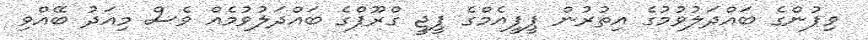
ވިޕުންގެ ބައްދަލުވުމުގެ އިތުރުން ޕީޕީއެމްގެ ޕީޖީ ގްރޫޕްގެ ބައްދަލުވުމެއް ވެސް މިއަދު ބޭއްވި